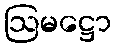
ဩမဋ္ဌော